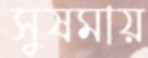
সুষমায়